Lunatic asylums United Provinces 1909-1921 - 1909-1921
Year: 1909
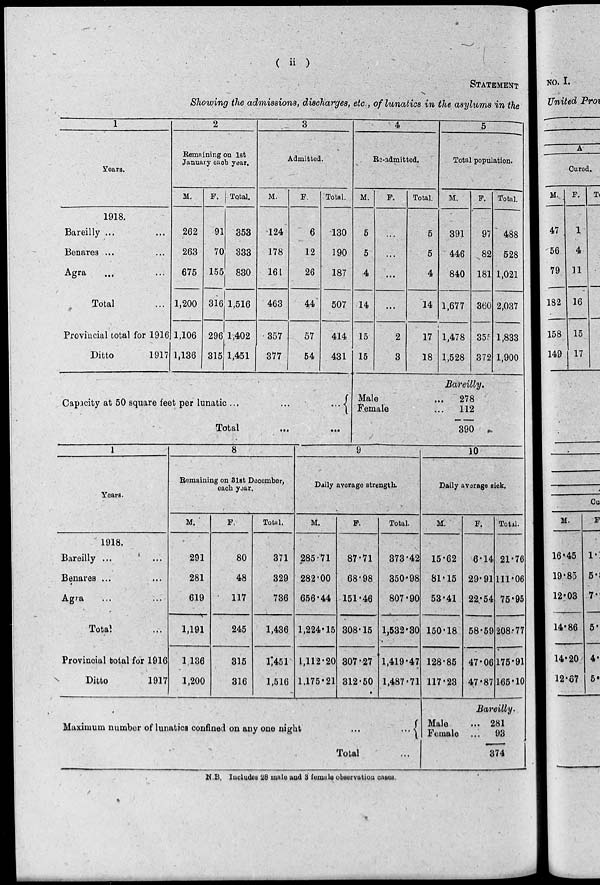
( ii )
STATEMENT
Showing the admissions, discharges, etc., of lunatics in the asylums in the
1
Years.
1918.
Bareilly ... ...
Benares ... ...
Agra ... ...
Total ...
Provincial total for 1916
Ditto
1917
2
Remaining on 1st
January each year.
M.
262
263
675
1,200
1,106
1,136
F.
91
70
155
316
296
315
Total.
353
333
830
1,516
1,402
1,451
3
Admitted.
M.
124
178
161
463
357
377
F
6
12
26
44
57
54
Total.
130
190
187
507
414
431
Capacity at 50 square feet per lunatic ...
...
...
Total
...
...
4
Re-admitted.
M.
5
5
4
14
15
15
F.
...
...
2
3
Total.
5
5
4
14
17
18
5
Total population.
M.
391
446
840
1,677
1,478
1,528
F.
97
82
181
360
355
372
Total.
488
528
1,021
2,037
1,833
1,900
Bareilly.
Male ...
Female ...
278
112
390
1
Years.
1918.
Bareilly ...
Benares ...
Agra ...
Total ...
Provincial total for 1916
Ditto
1917
8
Remaining on 31st December,
each year.
M.
291
281
619
1,191
1 136
1,200
F.
80
48
117
245
315
316
Total.
371
329
736
1,436
1,451
1,516
9
Daily average strength.
M.
285.71
282.00
656.44
1,224.15
1,112.20
1,175.21
F.
87.71
68.98
151.46
308.15
307.27
312.50
Total.
373.42
350.98
807.90
1,532.30
1,419.47
1,487.71
Maximum number of lunatics confined on any one night
...
...
Total ...
10
Daily average s
M
15.62
81.15
53.41
150.18
128.85
117.23
F.
6.14
29.91
22.54
58.59
47.06
47.87
ick.
Total.
21.76
111.06
75.95
208.77
175.91
165.10
Bareilly.
Male
...
Female ...
281
93
374
N.B. Includes 28 male and 8 female observation cases.